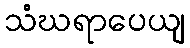
သံဃရာပေယျ